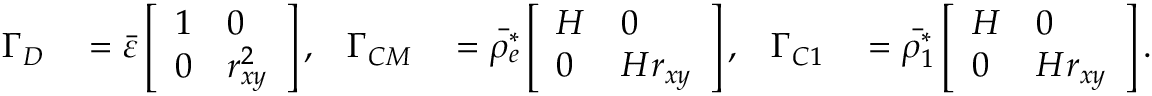
\begin{array} { r l r l r l } { \boldsymbol { \Gamma _ { D } } } & { { } = \Bar { \varepsilon } \left[ \begin{array} { l l } { 1 } & { 0 } \\ { 0 } & { r _ { x y } ^ { 2 } } \end{array} \right] , } & { \boldsymbol { \Gamma _ { C M } } } & { { } = \Bar { \rho _ { e } ^ { * } } \left[ \begin{array} { l l } { H } & { 0 } \\ { 0 } & { H r _ { x y } } \end{array} \right] , } & { \boldsymbol { \Gamma _ { C 1 } } } & { { } = \Bar { \rho _ { 1 } ^ { * } } \left[ \begin{array} { l l } { H } & { 0 } \\ { 0 } & { H r _ { x y } } \end{array} \right] . } \end{array}